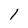
Character: 1